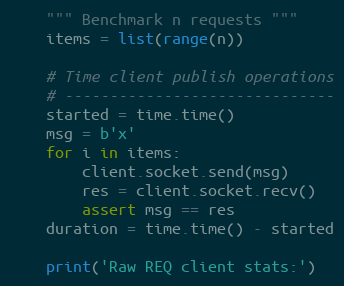
Language: Python
    """ Benchmark n requests """
    items = list(range(n))

    # Time client publish operations
    # ------------------------------
    started = time.time()
    msg = b'x'
    for i in items:
        client.socket.send(msg)
        res = client.socket.recv()
        assert msg == res
    duration = time.time() - started

    print('Raw REQ client stats:')